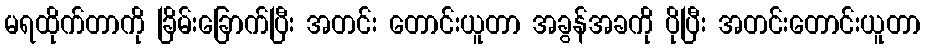
မရထိုက်တာကို ခြိမ်းခြောက်ပြီး အတင်း တောင်းယူတာ အခွန်အခကို ပိုပြီး အတင်းတောင်းယူတာ